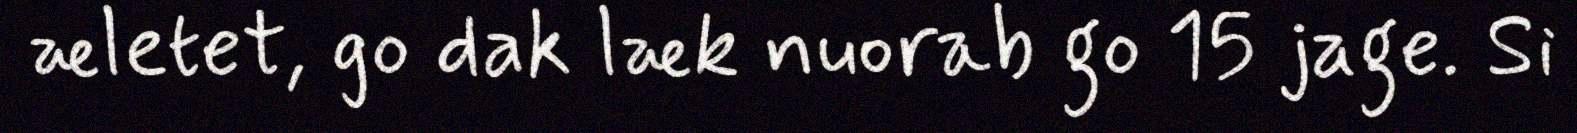
æletet, go dak læk nuorab go 15 jage. Si